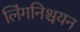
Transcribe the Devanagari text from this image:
लिंगनिश्चयन